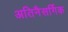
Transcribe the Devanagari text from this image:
अतिनैसर्गिक